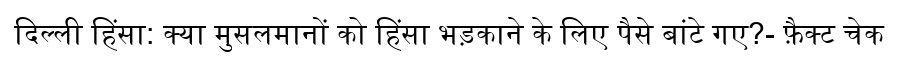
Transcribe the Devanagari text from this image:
दिल्ली हिंसा: क्या मुसलमानों को हिंसा भड़काने के लिए पैसे बांटे गए?- फ़ैक्ट चेक